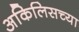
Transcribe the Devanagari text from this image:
अकिलिसच्या